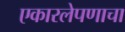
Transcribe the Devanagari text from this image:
एकारलेपणाचा